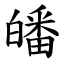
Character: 皤